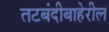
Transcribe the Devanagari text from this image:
तटबंदीबाहेरील